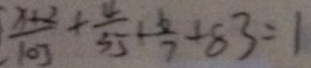
\frac { x + 2 } { 1 0 3 } + \frac { 4 } { 3 5 } + \frac { 6 } { 7 } + 8 3 = 1